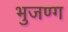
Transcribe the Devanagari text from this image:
भुजण्ग